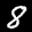
Label: 8